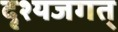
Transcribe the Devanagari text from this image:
दृश्यजगत्